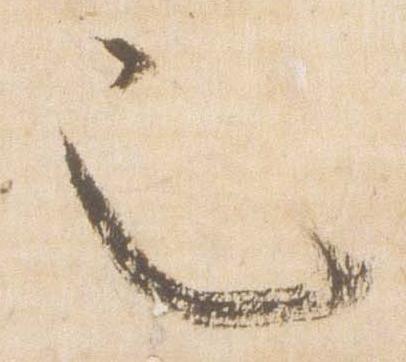
也